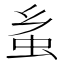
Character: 蚃